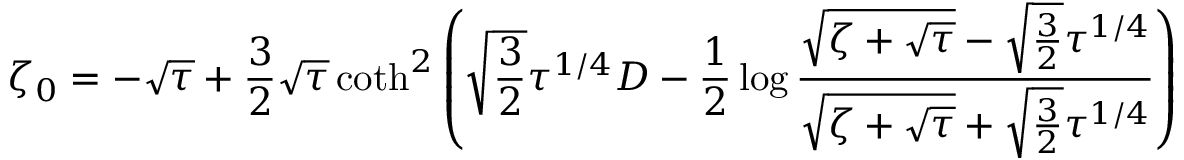
\zeta _ { 0 } = - \sqrt \tau + { \frac { 3 } { 2 } } \sqrt \tau \coth ^ { 2 } \left( \sqrt { \frac { 3 } { 2 } } \tau ^ { 1 / 4 } D - { \frac { 1 } { 2 } } \log { \frac { \sqrt { \zeta + \sqrt \tau } - \sqrt { \frac { 3 } { 2 } } \tau ^ { 1 / 4 } } { \sqrt { \zeta + \sqrt \tau } + \sqrt { \frac { 3 } { 2 } } \tau ^ { 1 / 4 } } } \right)